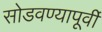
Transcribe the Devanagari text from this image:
सोडवण्यापूर्वी